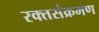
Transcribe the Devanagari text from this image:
रक्तसंक्रमण